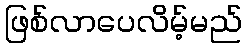
ဖြစ်လာပေလိမ့်မည်